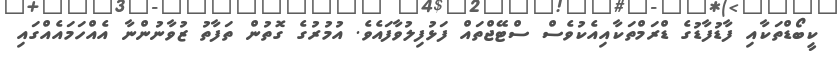
ކީބޯޑްތަކާއި ފާޑުފާޑުގެ ޑްރަމްތަކާއިއެކުވެސް ސްޓޭޖްތައް ފަޅުފިލުވާފައެވެ. އުމުރުގެ ގޮތުން ތަފާތު ޒުވާނުންނާ އެއްހަމައެއްގައި